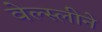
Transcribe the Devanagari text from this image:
वेल्स्लीने